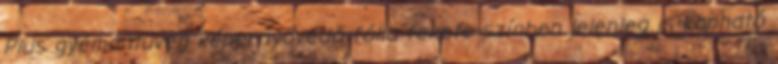
Plus gyémántüveg képernyővédő fólia fekete színben jelenleg is kapható